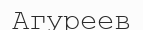
Агуреев